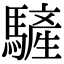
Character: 𩥮